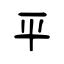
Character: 平